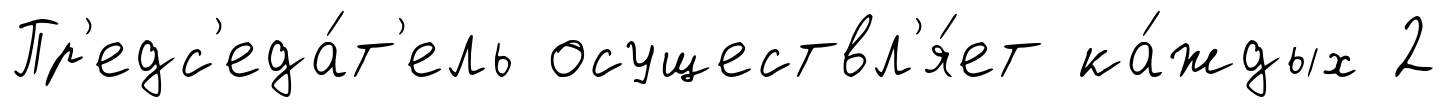
Пр'едс'еда́т'ель осуществл'я́ет ка́ждых 2